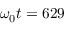
\omega _ { 0 } t = 6 2 9